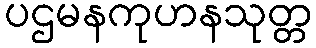
ပဌမနကုဟနသုတ္တ